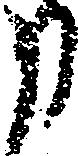
申